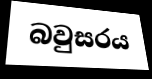
බවුසරය